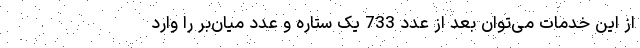
از این خدمات می‌توان بعد از عدد 733 یک ستاره و عدد میان‌بر را وارد